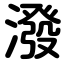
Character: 潑